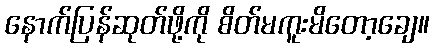
နောက်ပြန်ဆုတ်ဖို့ကို စိတ်မကူးမိတော့ချေ။